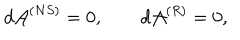
LaTeX: d { \cal A } ^ { ( N S ) } = 0 , \qquad d { \cal A } ^ { ( R ) } = 0 ,